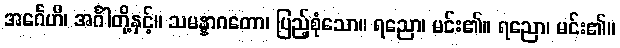
အင်္ဂေဟိ၊ အင်္ဂါတို့နှင့်။ သမန္နာဂတော၊ ပြည့်စုံသော။ ရညော၊ မင်း၏။ ရညော၊ မင်း၏။